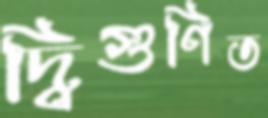
দ্বিগুণিত